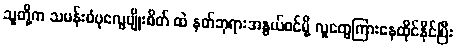
သူတို့က သမန်းဝံပုလွေမျိုးစိတ် ထဲ နတ်ဘုရားအနွယ်ဝင်မို့ လူတွေကြားနေထိုင်နိုင်ပြီး